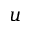
u